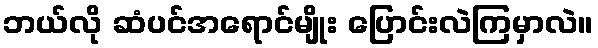
ဘယ်လို ဆံပင်အရောင်မျိုး ပြောင်းလဲကြမှာလဲ။